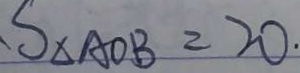
S _ { \Delta A O B } = 2 0 .